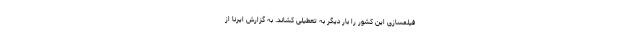
فیلمسازی این کشور را بار دیگر به تعطیلی کشاند. به گزارش ایرنا از